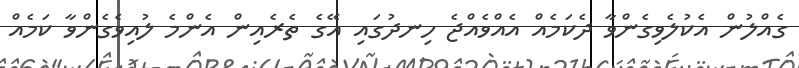
ގެއްލުން އެކުލެވިގެންވާ ދެކަމެއް އެއްވެއްޖެ ހިނދުގައި އޭގެ ތެރެއިން އެންމެ ލުއިވެގެންވާ ކަމެއް